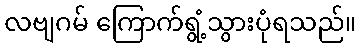
လဗျဂမ် ကြောက်ရွံ့သွားပုံရသည်။